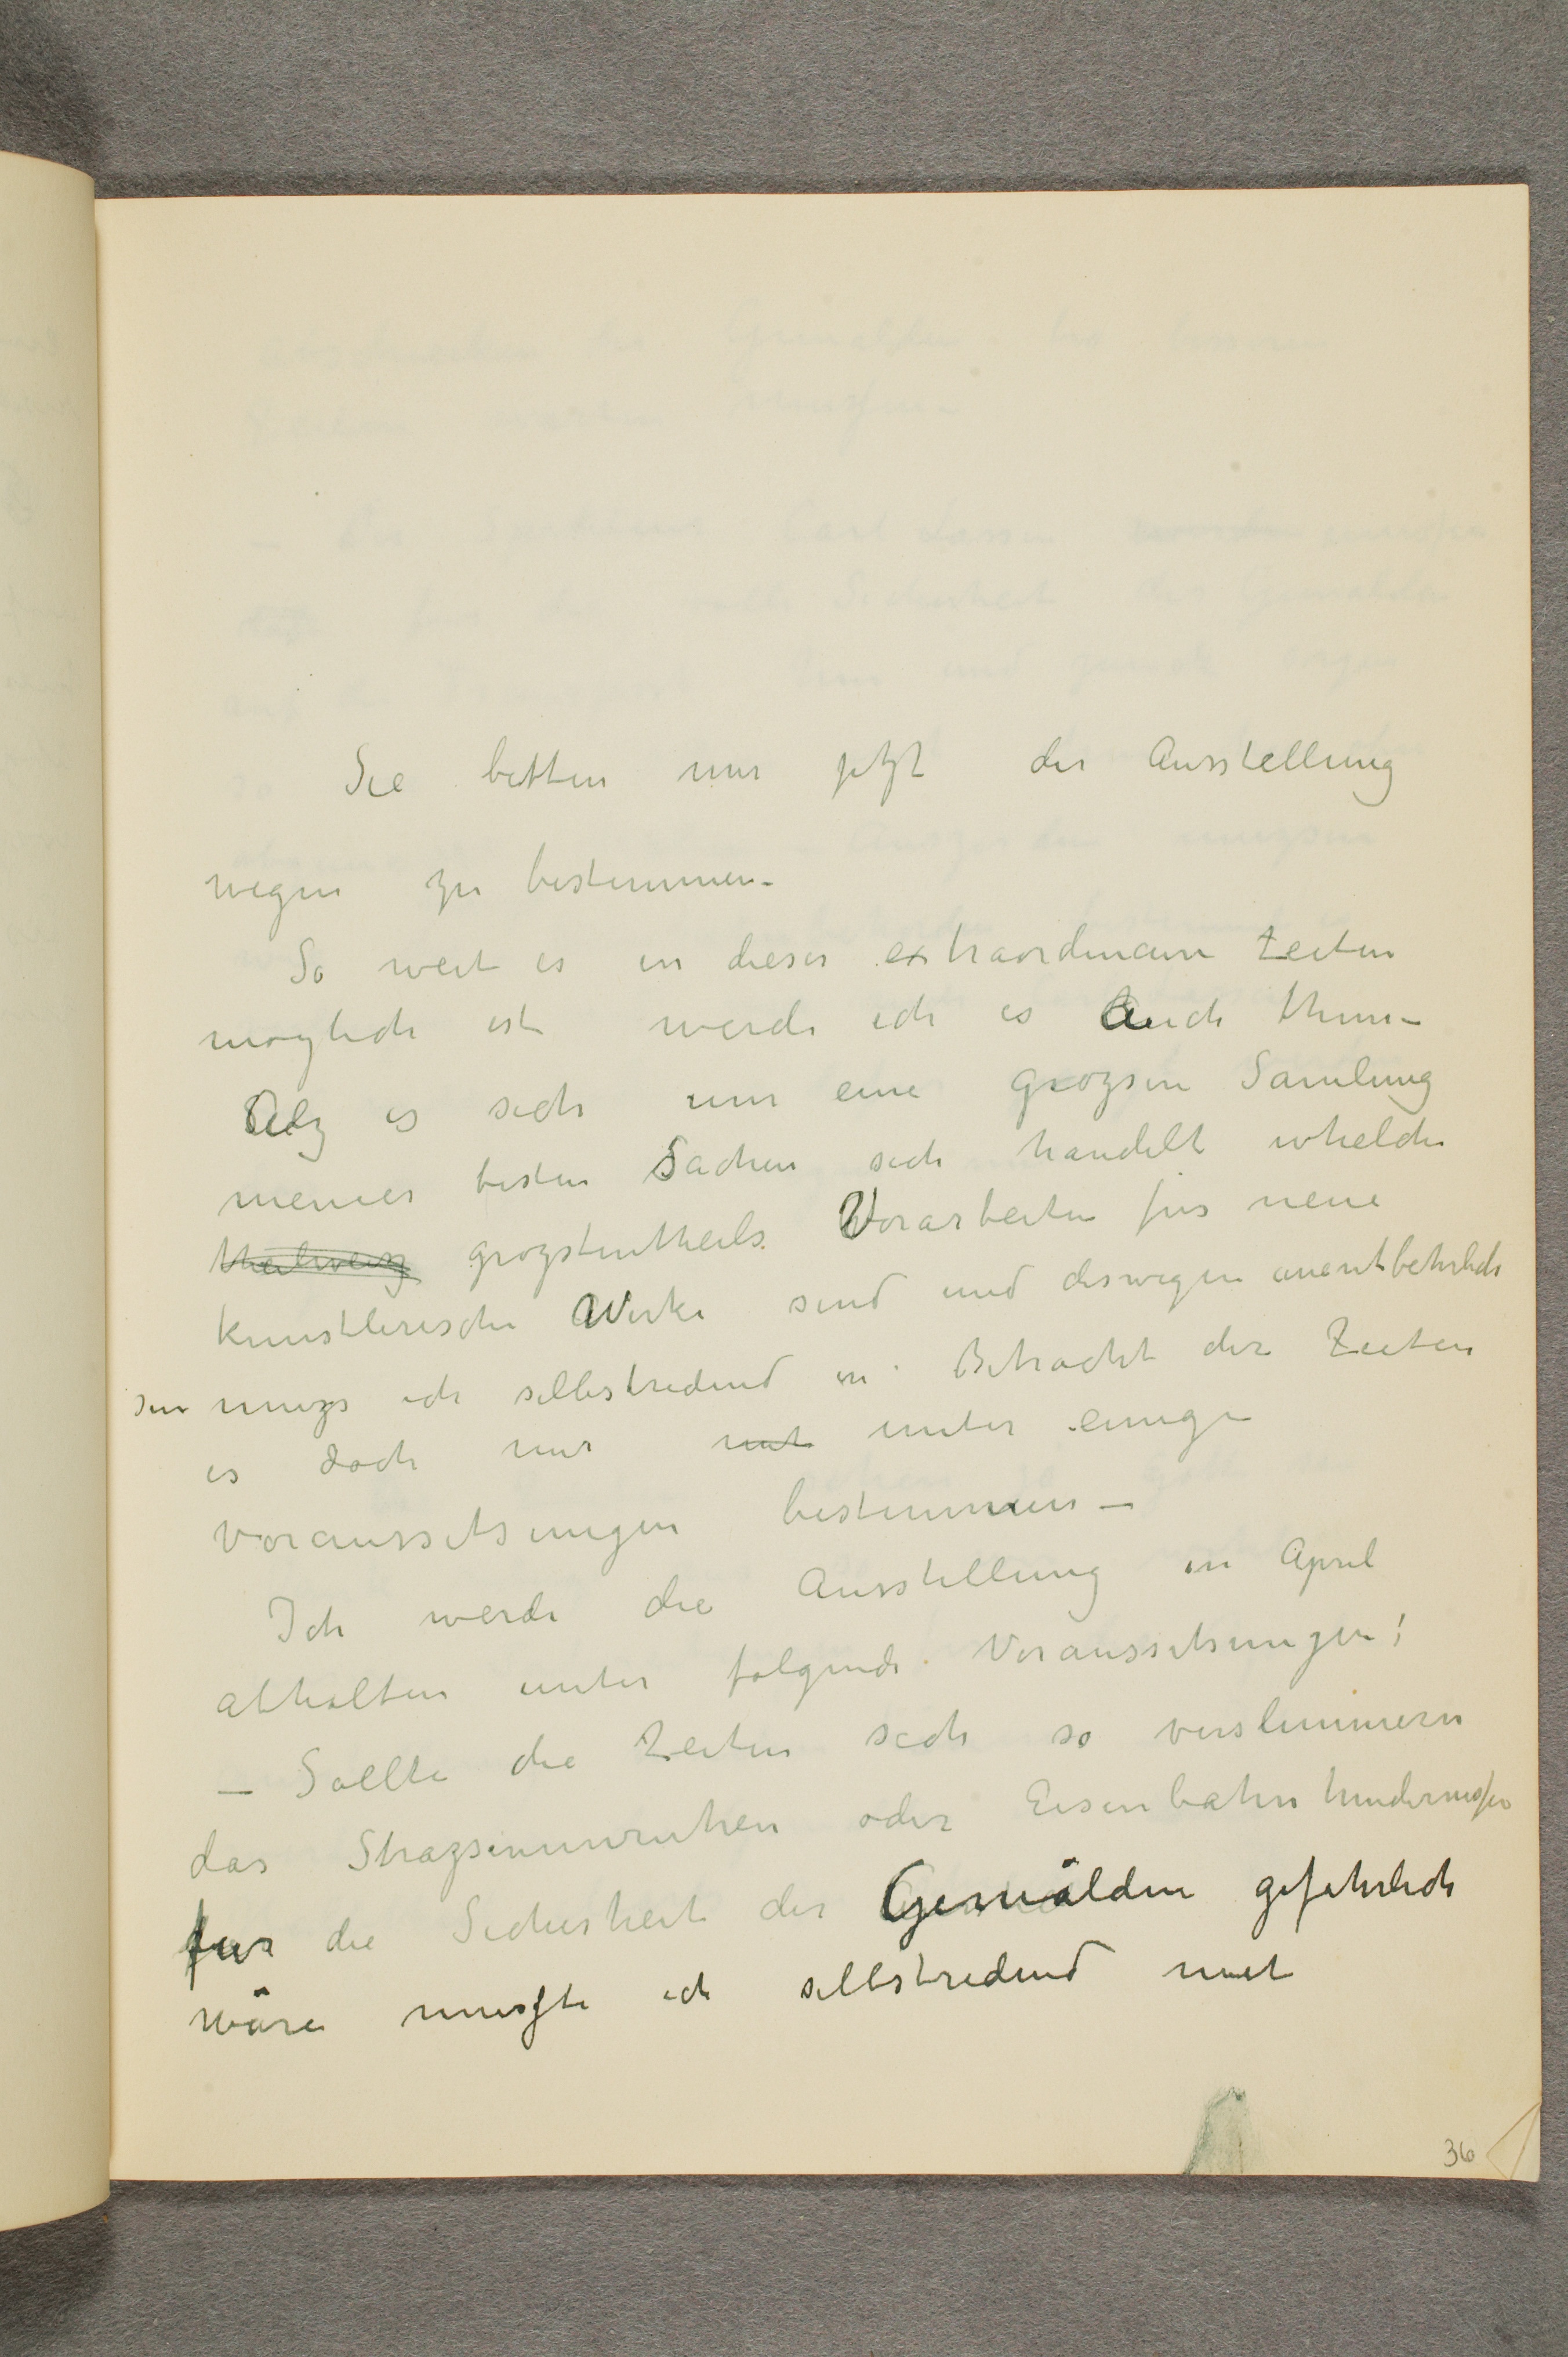
Sie bitten mir jetzt der Ausstellung
wegen zu bestimmen -
So weit es in dieser extraordinaire Zeiten
moglich ist werde ich es auch thun -
Alz es sich um eine grozsen Samlung
meiner besten Sachen sich handelt whelche
theilweisz grozstentheils Vorarbeiten fur neue
kunstlerische Werke sind und deswegen unentbehrlich
Im muzs ich selbstredend in Betracht der Zeiten
es doch mir hat unter einige
voraussetsungen bestimmen -
Ich werde die Ausstellung in April
abhalten unter volgende  Voransitstungen:
- Sollte die Zeiten sich so verslimmern
das Strazsenunruhen oder Eisenbahn hindernisse
fur die Sicherheit der Gemälden gefahrlich
wäre musste ich selbstredend mit